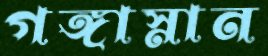
গঙ্গাস্নান